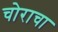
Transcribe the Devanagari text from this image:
चोराचा